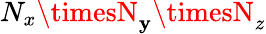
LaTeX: N_{x}\timesN_{\mathbf{y}}\timesN_{z}